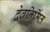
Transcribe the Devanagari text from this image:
देवनिर्मित